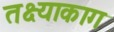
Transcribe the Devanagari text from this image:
तक्ष्याकाग